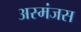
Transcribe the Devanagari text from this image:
अस्मंजस